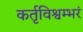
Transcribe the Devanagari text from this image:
कर्तृविश्वम्भरं